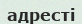
адресті